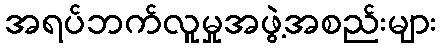
အရပ်ဘက်လူမှုအဖွဲ့အစည်းများ